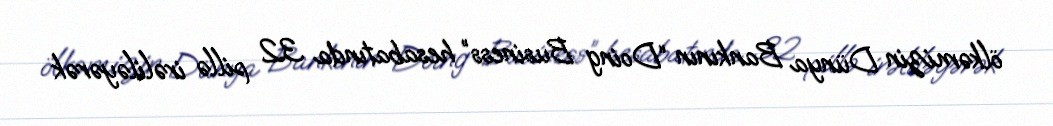
ölkəmizin Dünya Bankının “Doing Business” hesabatında 32 pillə irəliləyərək